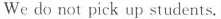
Wedo not pick up students.